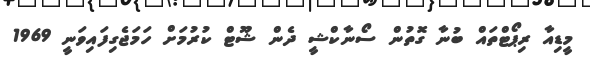
މީޑިއާ ރިޕޯޓްތައް ބުނާ ގޮތުން ސޯނާކްޝީ ދެން ޝޫޓް ކުރުމަށް ހަމަޖެގިފައިވަނީ 1969